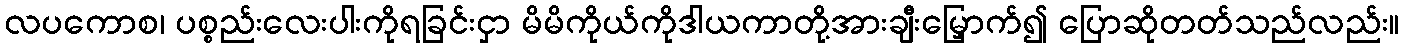
လပကောစ၊ ပစ္စည်းလေးပါးကိုရခြင်းငှာ မိမိကိုယ်ကိုဒါယကာတို့အားချီးမြှောက်၍ ပြောဆိုတတ်သည်လည်း။